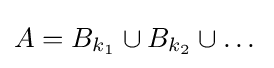
A=B_{k_{1}}\cup B_{k_{2}}\cup \dots